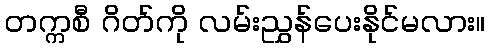
တက္ကစီ ဂိတ်ကို လမ်းညွှန်ပေးနိုင်မလား။